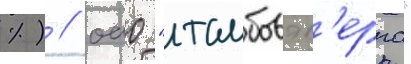
%) / оао "тамбовэн'ерго"